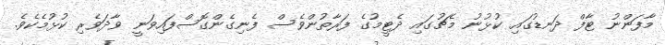
މާފަންނު ޓާފް ދަނޑުގައި ކުޅުނު މެޗުގައި ދެޓީމުގެ ފަރާތުންވެސް ފެނިގެންގޮސްފައިވަނީ ވާދަވެރި ކުޅުމެކެވެ.